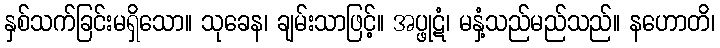
နှစ်သက်ခြင်းမရှိသော။ သုခေန၊ ချမ်းသာဖြင့်။ အပ္ဖုဋံ၊ မနှံ့သည်မည်သည်။ နဟောတိ၊